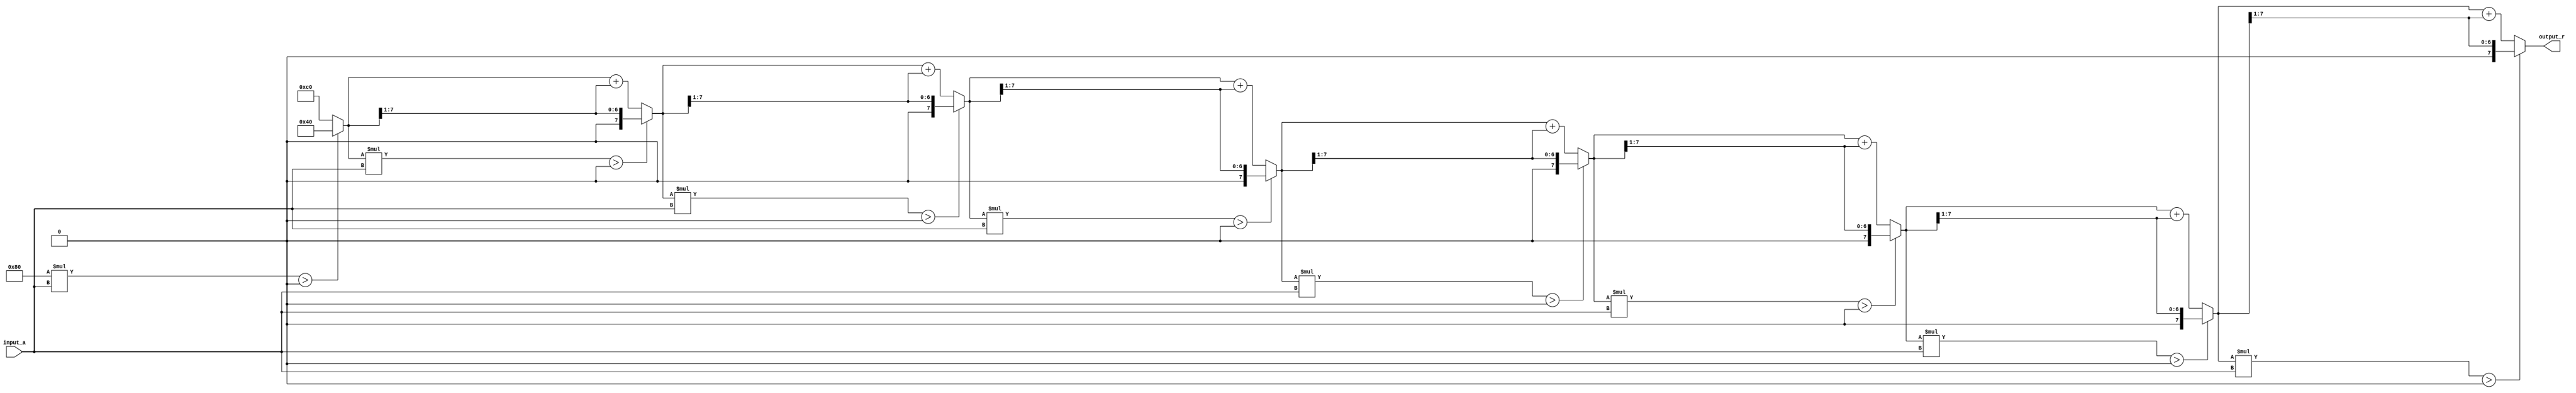
module BitwiseReciprocal #(
    parameter N = 8, // Define the bit width of input and output
    parameter MAX_ITER = 8 // Maximum number of iterations for convergence
)(
    input  wire [N-1:0] input_a, // Input - n-bit unsigned integer (input_a  0)
    output reg  [N-1:0] output_r // Output - n-bit unsigned integer (1 / input_a)
);
    
    reg [N-1:0] estimate; // Current estimate of the reciprocal
    reg [N-1:0] product; // Product of estimate and input_a
    integer i; // Loop counter

    always @(*) begin
        // Initialization
        estimate = {1'b1, {N-1{1'b0}}}; // Start with 2^n, which is 1 shifted left by N-1
        output_r = 0; // Initialize output

        // Iterative approximation
        for (i = 0; i < MAX_ITER; i = i + 1) begin
            product = estimate * input_a; // Calculate the product estimate * input_a
            
            // If product is greater than or less than a threshold, adjust estimate
            if (product > {1'b0, {N-1{1'b0}}}) begin
                estimate = estimate >> 1; // Shift estimate right (divide by 2)
            end else begin
                estimate = estimate + (estimate >> 1); // Shift estimate right, add to estimate (multiply by 1.5)
            end
        end
        
        // Finalize output
        output_r = estimate;
    end

endmodule